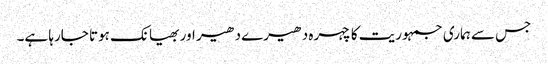
جس سے ہماری جمہوریت کا چہرہ دھیرے دھیر اور بھیانک ہوتا جارہا ہے۔